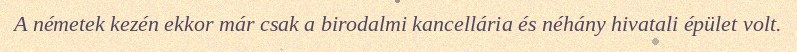
A németek kezén ekkor már csak a birodalmi kancellária és néhány hivatali épület volt.